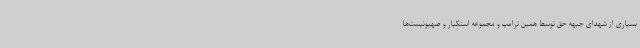
بسیاری از شهدای جبهه حق توسط همین ترامپ و مجموعه استکبار و صهیونیست‌ها